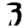
Digit: 3